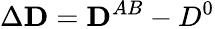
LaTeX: \Delta{\mathbf D}={\mathbf D^{AB}-D^{0}}